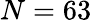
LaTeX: N=63